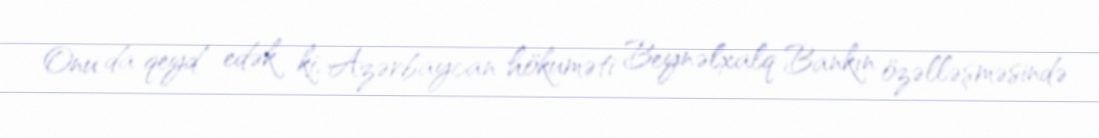
Onu da qeyd edək ki, Azərbaycan hökuməti Beynəlxalq Bankın özəlləşməsində